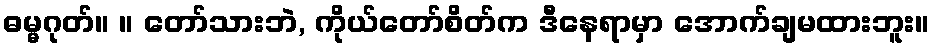
ဓမ္မဂုတ်။ ။ တော်သားဘဲ, ကိုယ်တော်စိတ်က ဒီနေရာမှာ အောက်ချမထားဘူး။